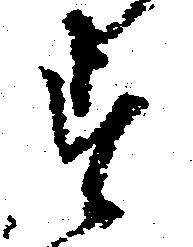
す